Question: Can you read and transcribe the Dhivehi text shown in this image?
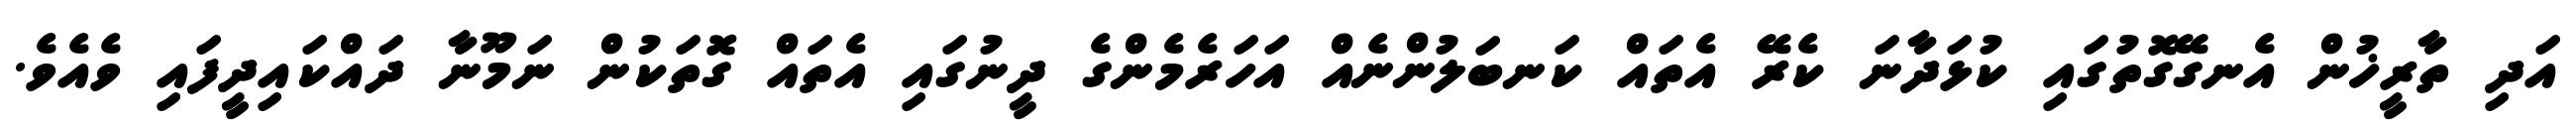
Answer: އަދި ތާރީޚުން އެނގޭގޮތުގައި ކުޅަދާނަ ކެރޭ އެތައް ކަނބަލުންނެއް އަހަރެމެންގެ ދީނުގައި އެތައް ގޮތަކުން ނަމޫނާ ދައްކައިދީފައި ވެއެވެ.